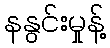
နနွင်းမှုန့်